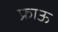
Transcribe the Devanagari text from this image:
फ्राऊ